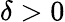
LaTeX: \delta>0